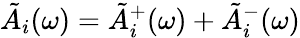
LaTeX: \tilde{A}_{i}(\omega)=\tilde{A}_{i}^{+}(\omega)+\tilde{A}_{i}^{-}(\omega)